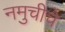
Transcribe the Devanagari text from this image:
नमुचीचे